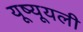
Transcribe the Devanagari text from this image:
यूष्यूयली